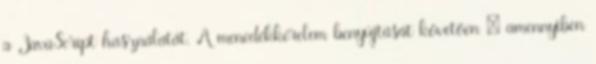
a JavaScript használatát. A menedékkérelem benyújtását követően – amennyiben